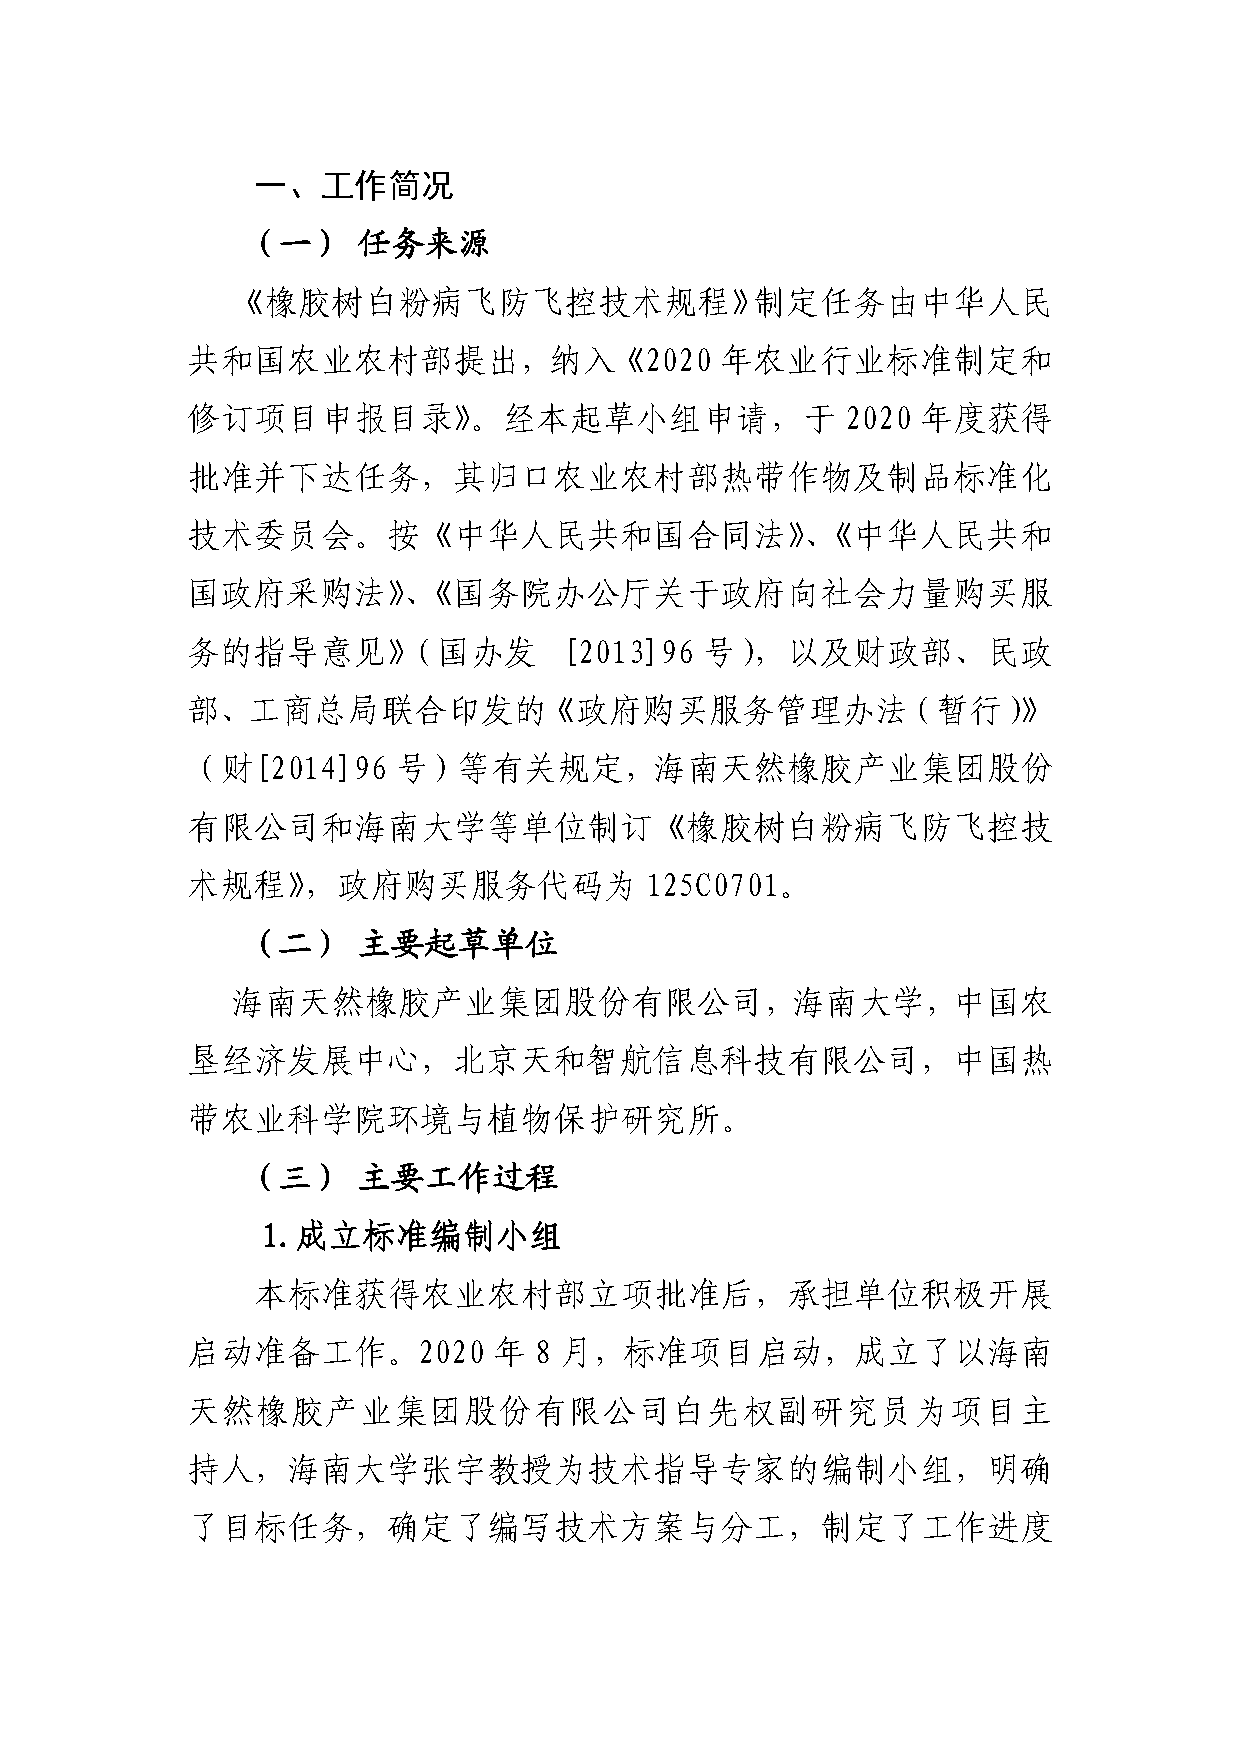
一、工作简况
 （一）     任务来源
 《橡胶树白粉病飞防飞控技术规程》制定任务由中华人民
 共和国农业农村部提出，纳入《2020                  年农业行业标准制定和
 修订项目申报目录》。经本起草小组申请，于                        2020 年度获得
 批准并下达任务，其归口农业农村部热带作物及制品标准化
 技术委员会。按《中华人民共和国合同法》、《中华人民共和
 国政府采购法》、《国务院办公厅关于政府向社会力量购买服
 务的指导意见》（国办发              [2013]96  号），以及财政部、民政
 部、工商总局联合印发的《政府购买服务管理办法（暂行）》
 （财[2014]96    号）等有关规定，海南天然橡胶产业集团股份
 有限公司和海南大学等单位制订《橡胶树白粉病飞防飞控技
 术规程》，政府购买服务代码为                 125C0701。
 （二）     主要起草单位
 海南天然橡胶产业集团股份有限公司，海南大学，中国农
 垦经济发展中心，北京天和智航信息科技有限公司，中国热
 带农业科学院环境与植物保护研究所。
 （三）     主要工作过程
 1.成立标准编制小组
 本标准获得农业农村部立项批准后，承担单位积极开展
 启动准备工作。2020          年 8 月，标准项目启动，成立了以海南
 天然橡胶产业集团股份有限公司白先权副研究员为项目主
 持人，海南大学张宇教授为技术指导专家的编制小组，明确
 了目标任务，确定了编写技术方案与分工，制定了工作进度